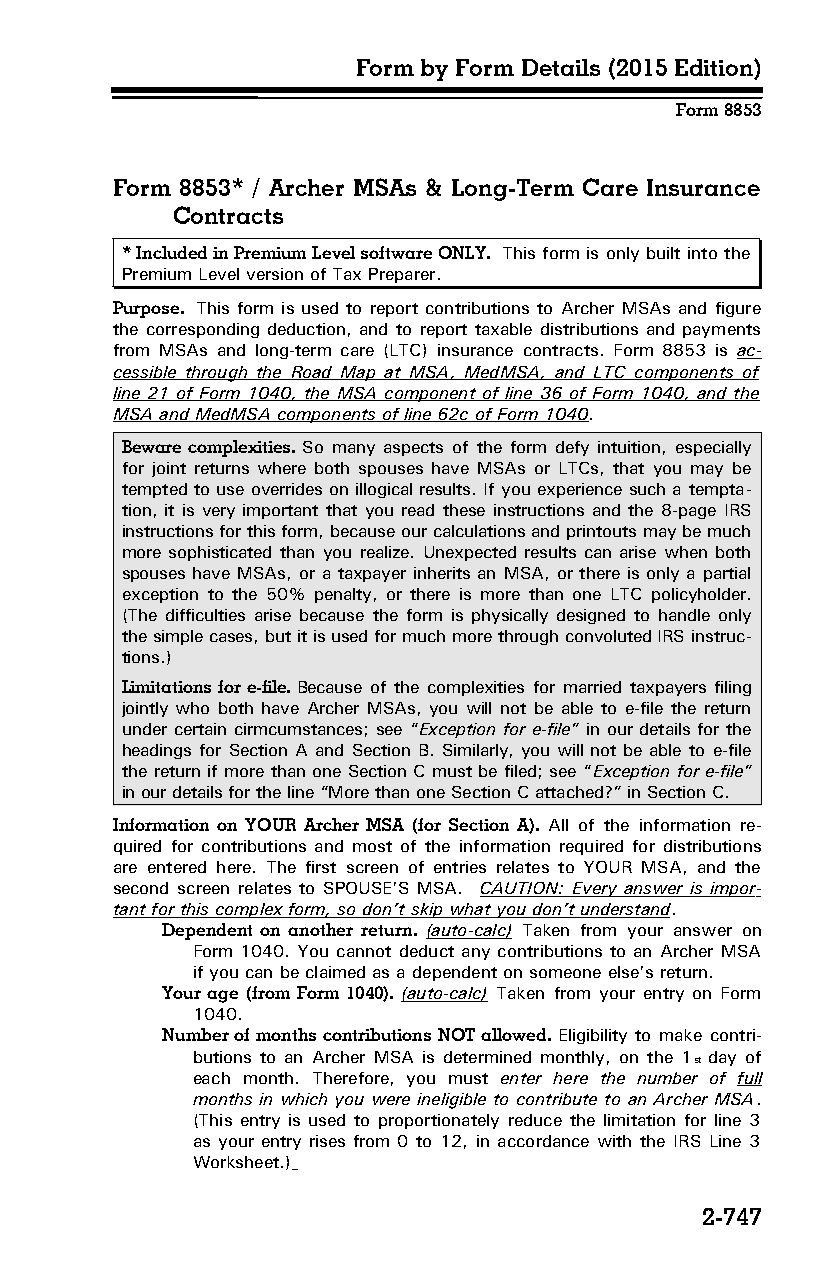
Form by Form Details (2015 Edition)
 Form 8853
 Form 8853* / Archer MSAs & Long-Term Care Insurance
 Contracts
 * Included in Premium Level software ONLY. This form is only built into the
 Premium Level version of Tax Preparer.
 Purpose. This form is used to report contributions to Archer MSAs and figure
 the corresponding deduction, and to report taxable distributions and payments
 from MSAs and long-term care (LTC) insurance contracts. Form 8853 is ac­
 cessible through the Road Map at MSA, MedMSA, and LTC components of
 line 21 of Form 1040, the MSA component of line 36 of Form 1040, and the
 MSA and MedMSA components of line 62c of Form 1040.
 Beware complexities. So many aspects of the form defy intuition, especially
 for joint returns where both spouses have MSAs or LTCs, that you may be
 tempted to use overrides on illogical results. If you experience such a tempta­
 tion, it is very important that you read these instructions and the 8-page IRS
 instructions for this form, because our calculations and printouts may be much
 more sophisticated than you realize. Unexpected results can arise when both
 spouses have MSAs, or a taxpayer inherits an MSA, or there is only a partial
 exception to the 50% penalty, or there is more than one LTC policyholder.
 (The difficulties arise because the form is physically designed to handle only
 the simple cases, but it is used for much more through convoluted IRS instruc­
 tions.)
 Limitations for e-file. Because of the complexities for married taxpayers filing
 jointly who both have Archer MSAs, you will not be able to e-file the return
 under certain cirmcumstances; see “Exception for e-file” in our details for the
 headings for Section A and Section B. Similarly, you will not be able to e-file
 the return if more than one Section C must be filed; see “Exception for e-file”
 in our details for the line “More than one Section C attached?” in Section C.
 Information on YOUR Archer MSA (for Section A). All of the information re­
 quired for contributions and most of the information required for distributions
 are entered here. The first screen of entries relates to YOUR MSA, and the
 second screen relates to SPOUSE’S MSA. CAUTION: Every answer is impor­
 tant for this complex form, so don’t skip what you don’t understand.
 Dependent on another return. (auto-calc) Taken from your answer on
 Form 1040. You cannot deduct any contributions to an Archer MSA
 if you can be claimed as a dependent on someone else’s return.
 Your age (from Form 1040). (auto-calc) Taken from your entry on Form
 1040.
 Number of months contributions NOT allowed. Eligibility to make contri­
 butions to an Archer MSA is determined monthly, on the 1st day of
 each month. Therefore, you must enter here the number of full
 months in which you were ineligible to contribute to an Archer MSA.
 (This entry is used to proportionately reduce the limitation for line 3
 as your entry rises from 0 to 12, in accordance with the IRS Line 3
 Worksheet.)
 2-747